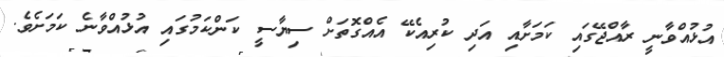
އުޅުއްވާނީ ރާއްޖޭގައި ކަމަށާއި އަދި ކުރިއެކޭ އެއްގޮތަށް ސިޔާސީ ކަންކަމުގައި އުޅުއްވާނެ ކަމަށެވެ.